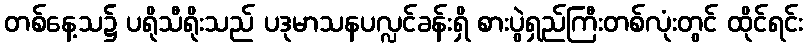
တစ်နေ့သ၌ ပရိုသီရိုးသည် ပဒုမာသနပလ္လင်ခန်းရှိ စားပွဲရှည်ကြီးတစ်လုံးတွင် ထိုင်ရင်း